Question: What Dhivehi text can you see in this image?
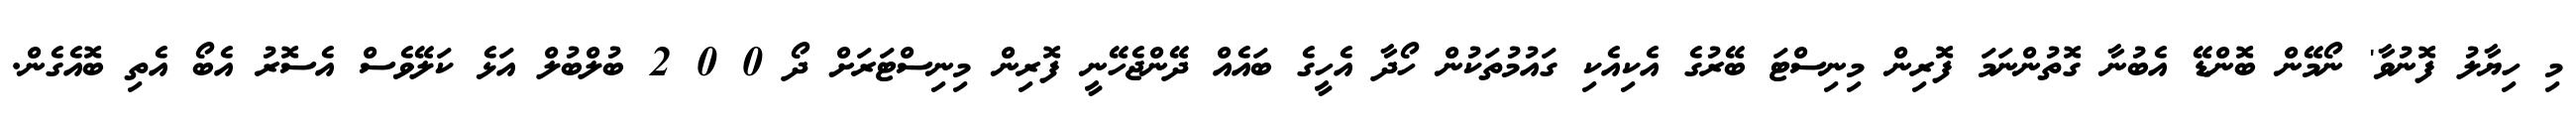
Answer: މި ހިޔާލު ފޮނުވާ' ނޯމޭން ބޮންޑޭ އެބުނާ ގޮތުންނަމަ ފޮރިން މިނިސްޓަ ބޭރުގެ އެކިއެކި ގައުމުތަކުން ހޯދާ އެހީގެ ބައެއް ދޭންޖެހޭނީ ފޮރިން މިނިސްޓަރަށް ދޯ 0 0 2 ބުލްބުލް އަޅެ ކަލޭވެސް އެސޮރު އެބޯ އެތި ބޮއެގެން.